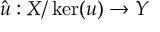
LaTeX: { \hat { u } } : X / \ker ( u ) \to Y